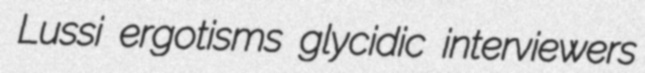
Lussi ergotisms glycidic interviewers